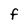
Character: f